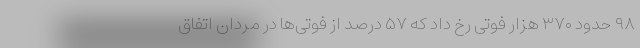
۹۸ حدود ۳۷۰ هزار فوتی رخ داد که ۵۷ درصد از فوتی‌ها در مردان اتفاق